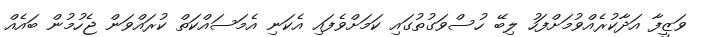
ވަޒީފާ އަދާކުރެއްވުމަށްފަހު ލިބޭ ހުސްވަގުތުގައި ކަމަށްވެފައި އެކަނި އެމަސައްކަތް ކުރައްވަން ޖެހުމުން ބައެއް